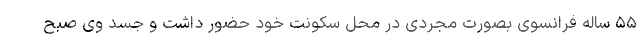
۵۵ ساله فرانسوی بصورت مجردی در محل سکونت خود حضور داشت و جسد وی صبح